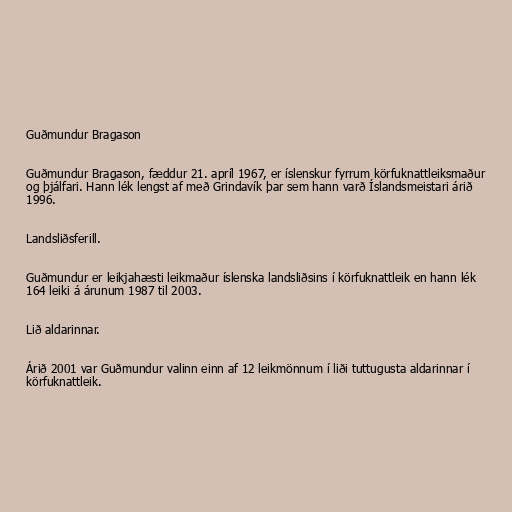
Guðmundur Bragason

Guðmundur Bragason, fæddur 21. apríl 1967, er íslenskur fyrrum körfuknattleiksmaður
og þjálfari. Hann lék lengst af með Grindavík þar sem hann varð Íslandsmeistari árið
1996.

Landsliðsferill.

Guðmundur er leikjahæsti leikmaður íslenska landsliðsins í körfuknattleik en hann lék
164 leiki á árunum 1987 til 2003.

Lið aldarinnar.

Árið 2001 var Guðmundur valinn einn af 12 leikmönnum í liði tuttugusta aldarinnar í
körfuknattleik.